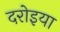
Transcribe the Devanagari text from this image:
दरोइया